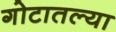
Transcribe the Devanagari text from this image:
गोटातल्या